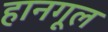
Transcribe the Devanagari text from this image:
हानगूल